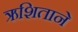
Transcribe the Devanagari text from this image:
ऋशिताने